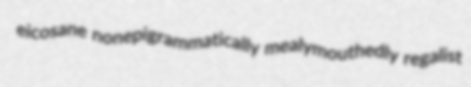
eicosane nonepigrammatically mealymouthedly regalist